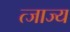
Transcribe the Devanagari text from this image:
त्जाज्य